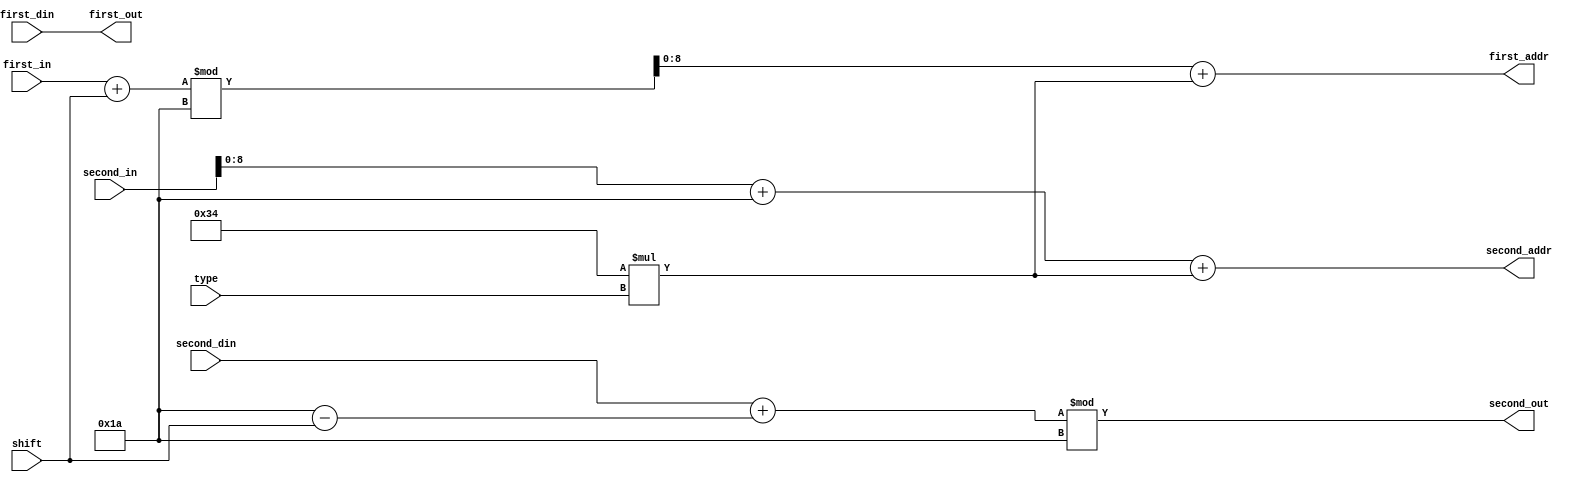
/*
	rotor: based on first_in, computes first_out as the forward encoding of
           shift "shift" of a rotor of type "type";
           based on second_in, computes second_out as the bnackward encoding of
           shift "shift" of a rotor of type "type";
		   uses addr's and din's to get corresponding ouputs from rotor_ram.
*/

module rotor (input [15:0] type,
              input [15:0] shift,
              input [15:0] first_in,
              output [15:0] first_out,
              input [15:0] second_in,
              output [15:0] second_out,
              output [8:0] first_addr,
              input [15:0] first_din,
              output [8:0] second_addr,
              input [15:0] second_din);
    
    assign first_addr = ((first_in + shift) % 16'd26) + 16'd52 * type;
    assign first_out  = first_din;
    
    assign second_addr = second_in + 16'd26 + (16'd52 * type);
    assign second_out  = (second_din + (16'd26 - shift)) % 16'd26;
    
endmodule